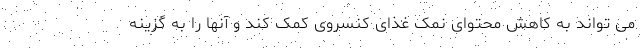
می تواند به کاهش محتوای نمک غذای کنسروی کمک کند و آنها را به گزینه